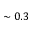
\sim 0 . 3